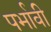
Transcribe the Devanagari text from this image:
पर्भावी